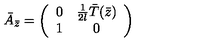
\bar { A } _ { \bar { z } } = \left( \begin{array} { c c } { 0 } & { { \frac { 1 } { 2 l } } \bar { T } ( \bar { z } ) } \\ { 1 } & { 0 } \\ \end{array} \right)